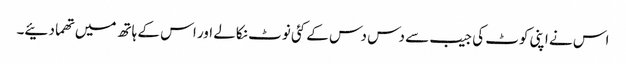
اس نے اپنی کوٹ کی جیب سے دس دس کے کئی نوٹ نکالے اور اس کے ہاتھ میں تھما دئیے۔